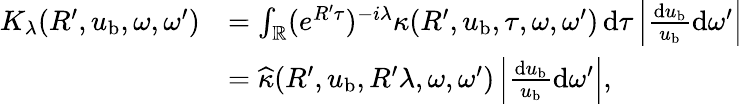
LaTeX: \begin{array}{rl}{K_{\lambda}(R^{\prime},u_{\mathrm{b}},\omega,\omega^{\prime})}&{=\int_{\mathbb{R}}(e^{R^{\prime}\tau})^{-i\lambda}\kappa(R^{\prime},u_{\mathrm{b}},\tau,\omega,\omega^{\prime})\, {\mathrm d}\tau\, \Bigl|\frac{{\mathrm d}u_{\mathrm{b}}}{u_{\mathrm{b}}}{\mathrm d}\omega^{\prime}\Bigr|}\\ &{=\widehat\kappa(R^{\prime},u_{\mathrm{b}},R^{\prime}\lambda,\omega,\omega^{\prime})\, \Bigl|\frac{{\mathrm d}u_{\mathrm{b}}}{u_{\mathrm{b}}}{\mathrm d}\omega^{\prime}\Bigr|,}\end{array}